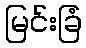
မြင်းခြံ